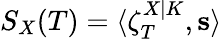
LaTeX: S_{X}(T)=\langle\zeta_{T}^{X|K},\mathbf{s}\rangle